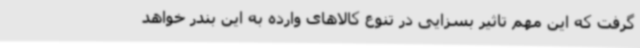
گرفت که این مهم تاثیر بسزایی در تنوع کالاهای وارده به این بندر خواهد